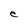
Character: e